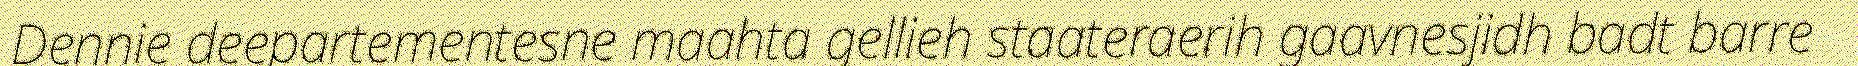
Dennie deepartementesne maahta gellieh staateraerih gaavnesjidh badt barre